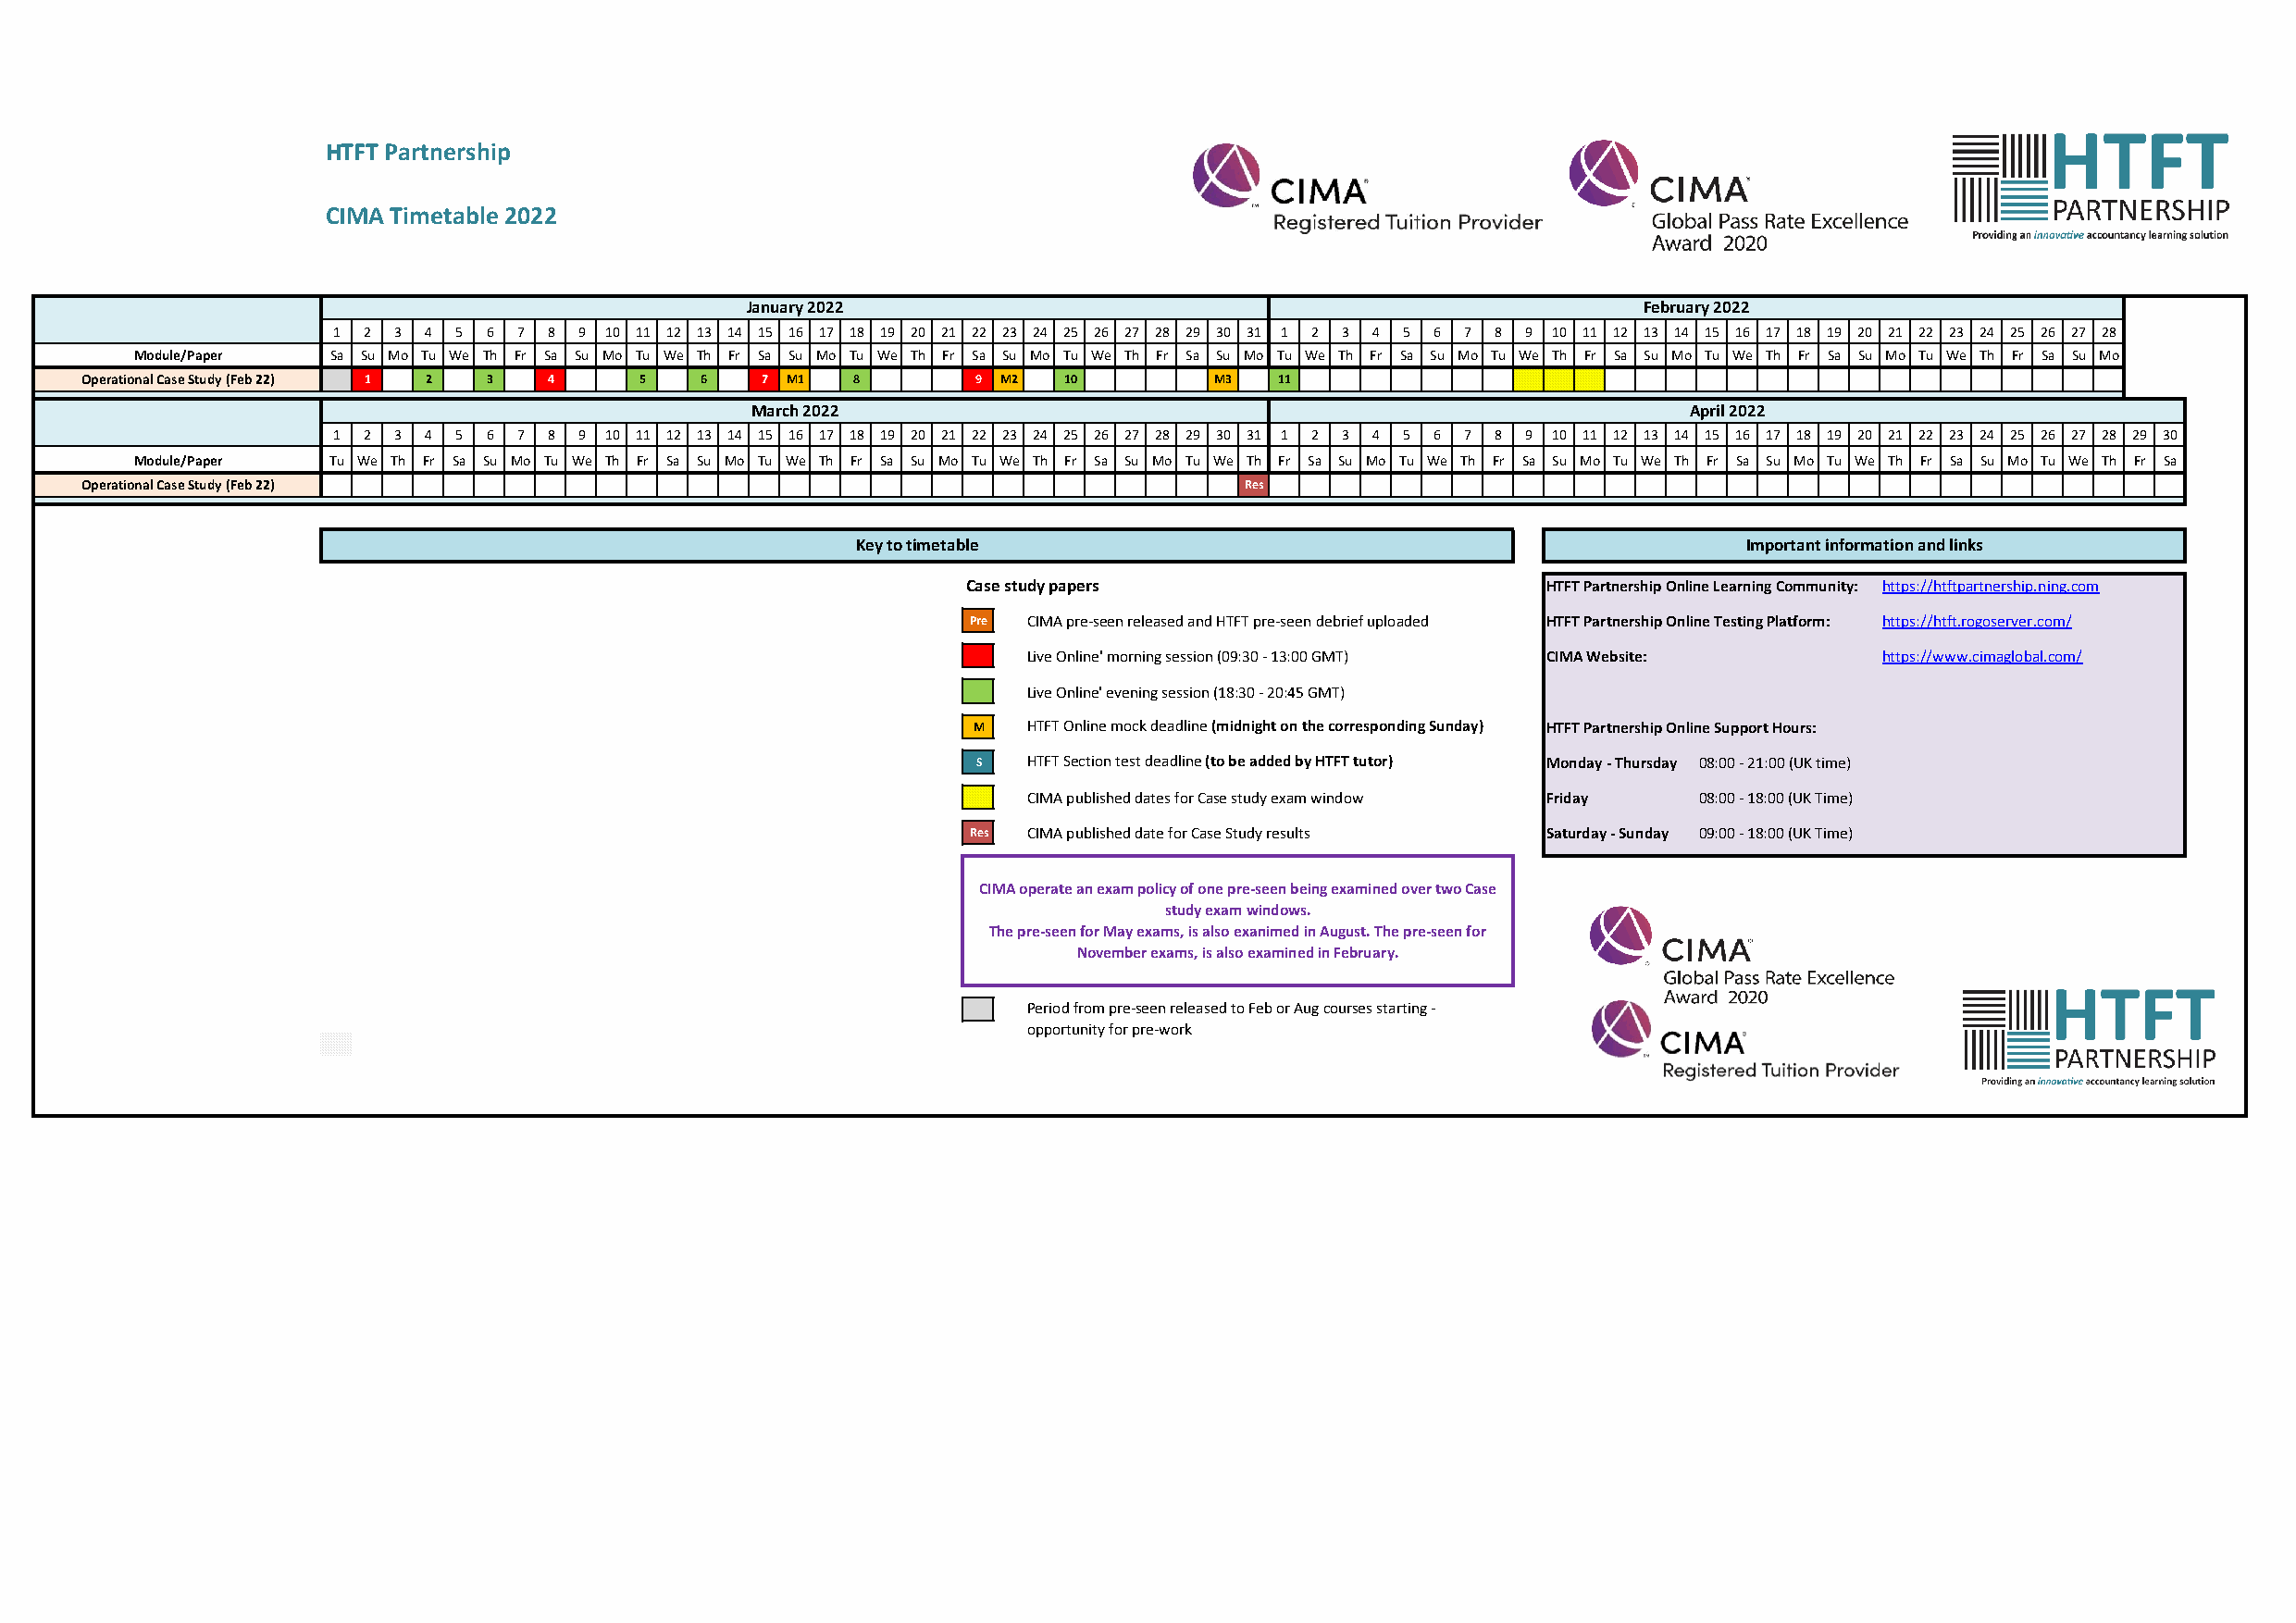
HTFT Partnership
 CIMA Timetable 2022
 January 2022                                                     February 2022
 1 2 3 4  5 6 7 8 9 10 11 12 13 14 15 16 17 18 19 20 21 22 23 24 25 26 27 28 29 30 31 1 2 3 4 5 6 7 8 9 10 11 12 13 14 15 16 17 18 19 20 21 22 23 24 25 26 27 28
 Module/Paper  Sa Su Mo Tu We Th Fr Sa Su Mo Tu We Th Fr Sa Su Mo Tu We Th Fr Sa Su Mo Tu We Th Fr Sa Su Mo Tu We Th Fr Sa Su Mo Tu We Th Fr Sa Su Mo Tu We Th Fr Sa Su Mo Tu We Th Fr Sa Su Mo
 Operational Case Study (Feb 22) 1 2 3 4 5   6   7 M1   8        9 M2  10         M3  11
 March 2022                                                         April 2022
 1 2 3 4  5 6 7 8 9 10 11 12 13 14 15 16 17 18 19 20 21 22 23 24 25 26 27 28 29 30 31 1 2 3 4 5 6 7 8 9 10 11 12 13 14 15 16 17 18 19 20 21 22 23 24 25 26 27 28 29 30
 Module/Paper  Tu We Th Fr Sa Su Mo Tu We Th Fr Sa Su Mo Tu We Th Fr Sa Su Mo Tu We Th Fr Sa Su Mo Tu We Th Fr Sa Su Mo Tu We Th Fr Sa Su Mo Tu We Th Fr Sa Su Mo Tu We Th Fr Sa Su Mo Tu We Th Fr Sa
 Operational Case Study (Feb 22)                                                    Res
 Key to timetable                                                Important information and links
 Case study papers                         HTFT Partnership Online Learning Community: https://htftpartnership.ning.com
 Pre CIMA pre-seen released and HTFT pre-seen debrief uploaded HTFT Partnership Online Testing Platform: https://htft.rogoserver.com/
 Live Online' morning session (09:30 - 13:00 GMT) CIMA Website: https://www.cimaglobal.com/
 Live Online' evening session (18:30 - 20:45 GMT)
 M  HTFT Online mock deadline (midnight on the corresponding Sunday) HTFT Partnership Online Support Hours:
 S  HTFT Section test deadline (to be added by HTFT tutor) Monday - Thursday 08:00 - 21:00 (UK time)
 CIMA published dates for Case study exam window Friday 08:00 - 18:00 (UK Time)
 Res CIMA published date for Case Study results Saturday - Sunday 09:00 - 18:00 (UK Time)
 CIMA operate an exam policy of one pre-seen being examined over two Case
 study exam windows.
 The pre-seen for May exams, is also exanimed in August. The pre-seen for
 November exams, is also examined in February.
 Period from pre-seen released to Feb or Aug courses starting -
 opportunity for pre-work